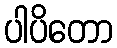
ပါပိတော